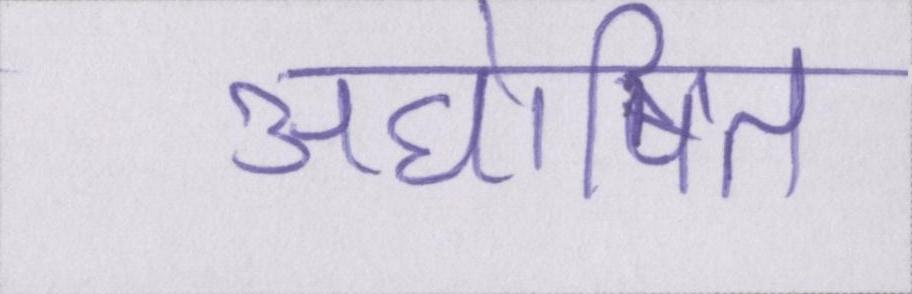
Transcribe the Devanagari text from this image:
अघोषित